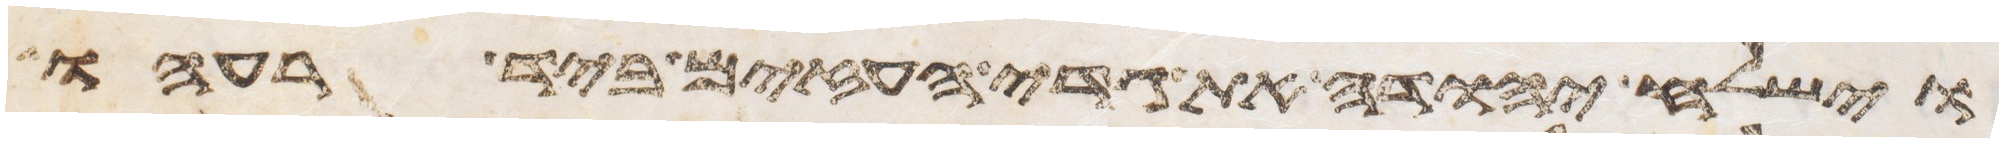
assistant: וישלח יהודה את גדי העזים ביד רעהו